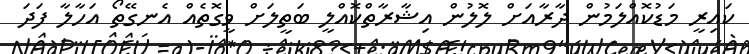
ކައިރީ މަޑުކޮއްލަމުން ދާރާއަށް ލޮލުން އިޝާރާތްކޮއްލީ ބަތީލަށް ވީގޮތެއް އެނގޭތޯ އަހާލާ ފަދަ